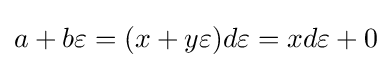
{a+b\varepsilon =(x+y\varepsilon )d\varepsilon }={xd\varepsilon +0}